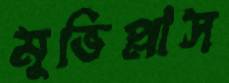
মুভিপ্লাস